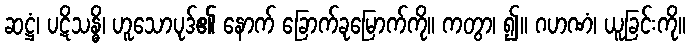
ဆဋ္ဌံ၊ ပဋိသန္ဓိ၊ ဟူသောပုဒ်၏ နောက် ခြောက်ခုမြောက်ကို။ ကတွာ၊ ၍။ ဂဟဏံ၊ ယူခြင်းကို။